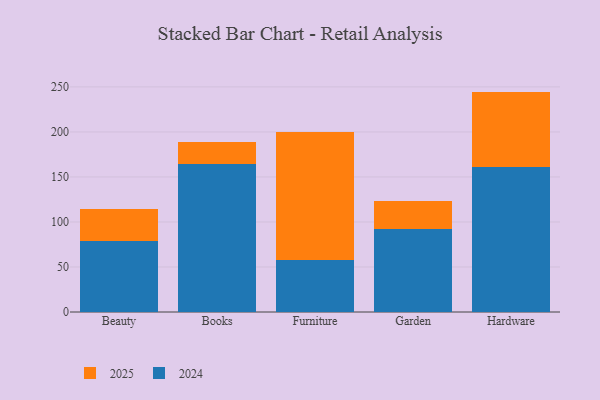
{"axis": {"x": "Category", "y": "Net Income (USD K)"}, "legend": ["2024", "2025"], "data": [{"x": "Beauty", "y": 78.9, "type": "2024"}, {"x": "Beauty", "y": 35.3, "type": "2025"}, {"x": "Books", "y": 164.6, "type": "2024"}, {"x": "Books", "y": 23.9, "type": "2025"}, {"x": "Furniture", "y": 57.5, "type": "2024"}, {"x": "Furniture", "y": 142.7, "type": "2025"}, {"x": "Garden", "y": 92.3, "type": "2024"}, {"x": "Garden", "y": 30.5, "type": "2025"}, {"x": "Hardware", "y": 161.5, "type": "2024"}, {"x": "Hardware", "y": 83.3, "type": "2025"}]}